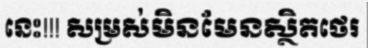
នេះ!!! សម្រស់មិនមែនស្ថិតថេរ